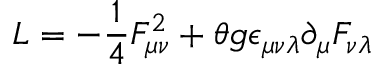
L = - \frac { 1 } { 4 } F _ { \mu \nu } ^ { 2 } + \theta g \epsilon _ { \mu \nu \lambda } \partial _ { \mu } F _ { \nu \lambda }